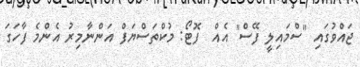
ޖައްވުގައި "ސްމައިލީ ފޭސް" އެއް  ފޮޓޯ: މުކްތަސްޔަފް އަންނާމިރު އެންމެ ފާހަގަ